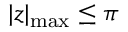
| z | _ { \operatorname* { m a x } } \leq \pi